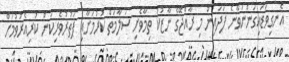
އެނގިވަޑައިގަންނަވާނެ ފަދައިން މި ރާއްޖޭގެ ނާޒުކު ތިމާވެށި ސަލާމަތް ކުރުމަށާއި ފަތުރުވެރިކަން ކުރިއެރުވުމަށް